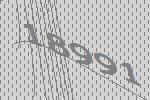
18991